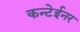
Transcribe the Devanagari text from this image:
कन्टेईनर